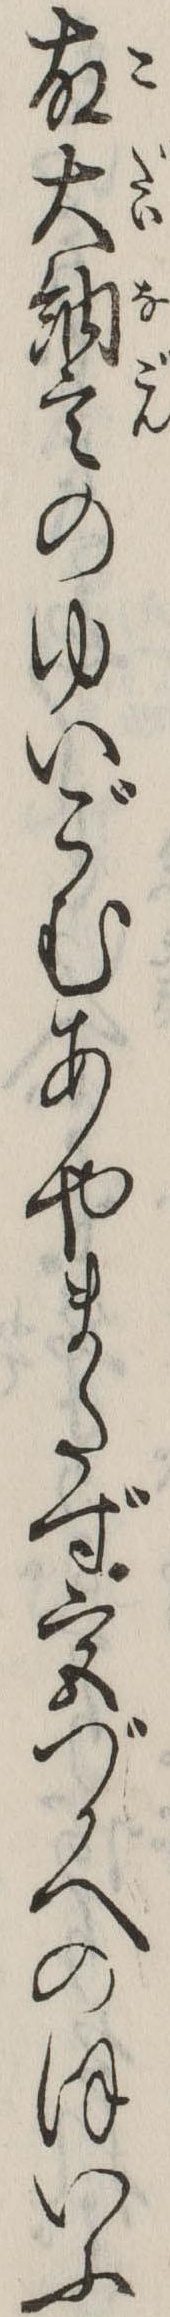
故大納言のゆいごむあやまたず宮づかへのほいふ